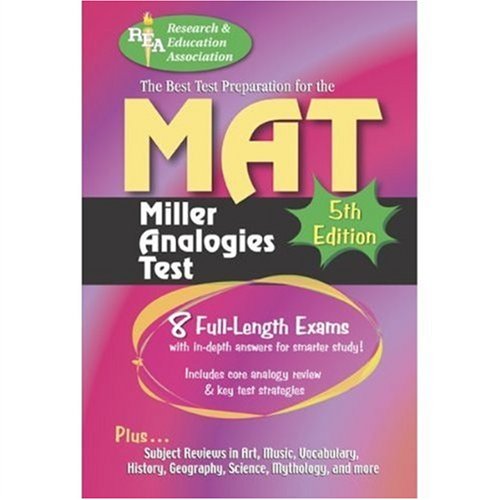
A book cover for MAT -- The Best Test Preparation for the Miller Analogies Test: 5th Edition (Miller Analogies Test (MAT) Preparation); Editors of REA; Test Preparation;